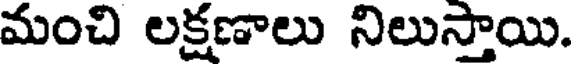
మంచి లక్షణాలు నిలుస్తాయి.